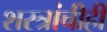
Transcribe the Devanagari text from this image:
शस्त्रांचीही